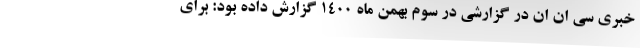
خبری سی ان ان در گزارشی در سوم بهمن ماه ۱۴۰۰ گزارش داده بود: برای